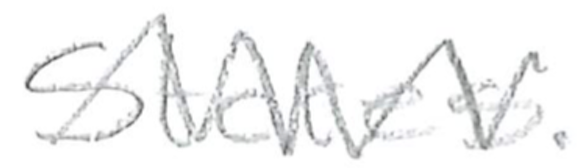
Text: States.
Cross-out: zig-zag
Writing tool: pencil